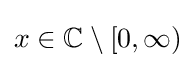
x\in \mathbb {C} \setminus [0,\infty )